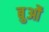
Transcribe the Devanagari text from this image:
बुओं